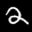
Label: 2